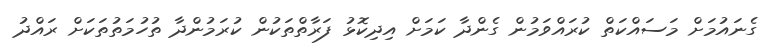
ގެނައުމަށް މަސައްކަތް ކުރައްވަމުން ގެންދާ ކަމަށް އިދިކޮޅު ފަރާތްތަކުން ކުރަމުންދާ ތުހުމަތުތަކަށް ރައްދު